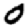
Digit: 0